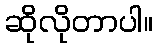
ဆိုလိုတာပါ။